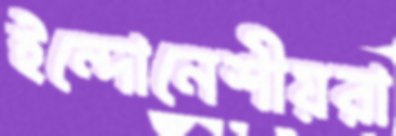
ইন্দোনেশীয়রা